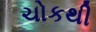
ચોકથી